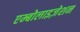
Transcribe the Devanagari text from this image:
एम्बोलाइज़ेशन